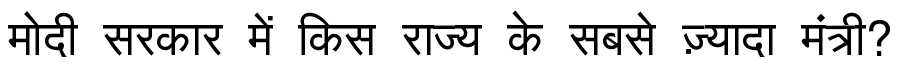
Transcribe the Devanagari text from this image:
मोदी सरकार में किस राज्य के सबसे ज़्यादा मंत्री?